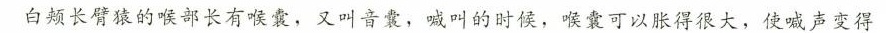
白颊长臂猿的喉部长有喉袁，又叫音案，喊叫的时候，喉袁可以胀得很大，使喊声变得